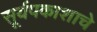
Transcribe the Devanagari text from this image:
सूर्यपकाशाचे